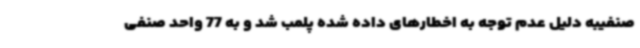
صنفیبه دلیل عدم توجه به اخطارهای داده شده پلمب شد و به 77 واحد صنفی